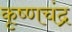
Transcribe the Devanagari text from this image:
कृष्‍णचंद्र